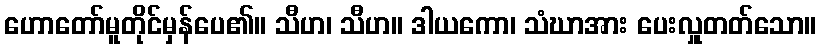
ဟောတော်မူတိုင်မှန်ပေ၏။ သီဟ၊ သီဟ။ ဒါယကော၊ သံဃာအား ပေးလှူတတ်သော။